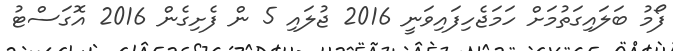
ފޯމު ބަލައިގަތުމަށް ހަމަޖެހިފައިވަނީ 2016 ޖުލައި 5 ން ފެށިގެން 2016 އޮގަސްޓު